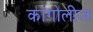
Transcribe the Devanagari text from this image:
कांगोलीज